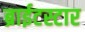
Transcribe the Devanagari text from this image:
ब्राईटस्टार